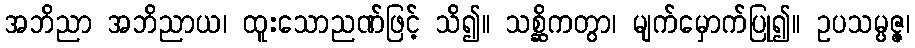
အဘိညာ အဘိညာယ၊ ထူးသောညဏ်ဖြင့် သိ၍။ သစ္ဆိကတွာ၊ မျက်မှောက်ပြု၍။ ဥပသမ္ပဇ္ဇ၊